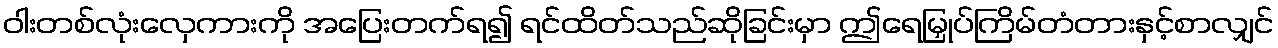
ဝါးတစ်လုံးလှေကားကို အပြေးတက်ရ၍ ရင်ထိတ်သည်ဆိုခြင်းမှာ ဤရေမြှုပ်ကြိမ်တံတားနှင့်စာလျှင်